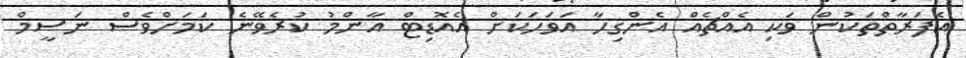
އެފަރާތްތަކުން ވަކި އެއްޗެއް އެންގިހާ އަވަހަކަށް އެއޮޑިޓް އާންމު ކުރެވޭނެ ކަމަށްވެސް ނަސީމް